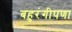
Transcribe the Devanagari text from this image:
बहुरंगीपणा